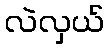
လဲလှယ်